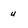
Character: u